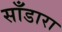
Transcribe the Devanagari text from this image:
साँडारा